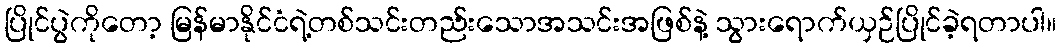
ပြိုင်ပွဲကိုတော့ မြန်မာနိုင်ငံရဲ့တစ်သင်းတည်းသောအသင်းအဖြစ်နဲ့ သွားရောက်ယှဉ်ပြိုင်ခဲ့ရတာပါ။